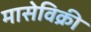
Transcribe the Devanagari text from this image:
मासेविक्री